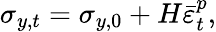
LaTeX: \sigma_{y,t}=\sigma_{y,0}+H\bar{\varepsilon}_{t}^{p},